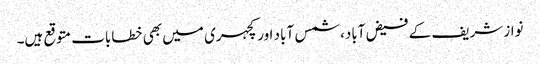
نواز شریف کے فیض آباد، شمس آباد اور کچہری میں بھی خطابات متوقع ہیں۔